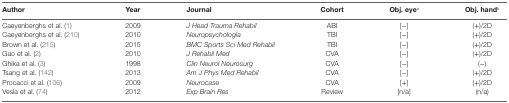
<table><thead><tr><td><b>Author</b></td><td><b>Year</b></td><td><b>Journal</b></td><td><b>Cohort</b></td><td><b>Obj. eye<sup>a</sup></b></td><td><b>Obj. hand<sup>b</sup></b></td></tr></thead><tbody><tr><td>Caeyenberghs et al. (1)</td><td>2009</td><td><i>J Head Trauma Rehabil</i></td><td>ABI</td><td>[−]</td><td>(+)/2D</td></tr><tr><td>Caeyenberghs et al. (210)</td><td>2010</td><td><i>Neuropsychologia</i></td><td>TBI</td><td>[−]</td><td>(+)/2D</td></tr><tr><td>Brown et al. (215)</td><td>2015</td><td><i>BMC Sports Sci Med Rehabil</i></td><td>TBI</td><td>[−]</td><td>(+)/2D</td></tr><tr><td>Gao et al. (2)</td><td>2010</td><td><i>J Rehabil Med</i></td><td>CVA</td><td>[−]</td><td>(+)/2D</td></tr><tr><td>Ghika et al. (3)</td><td>1998</td><td><i>Clin Neurol Neurosurg</i></td><td>CVA</td><td>[−]</td><td>(−)</td></tr><tr><td>Tsang et al. (142)</td><td>2013</td><td><i>Am J Phys Med Rehabil</i></td><td>CVA</td><td>[−]</td><td>(+)/2D</td></tr><tr><td>Procacci et al. (106)</td><td>2009</td><td><i>Neurocase</i></td><td>CVA</td><td>[+]</td><td>(+)/2D</td></tr><tr><td>Vesia et al. (74)</td><td>2012</td><td><i>Exp Brain Res</i></td><td>Review</td><td>[n/a]</td><td>(n/a)</td></tr></tbody></table>